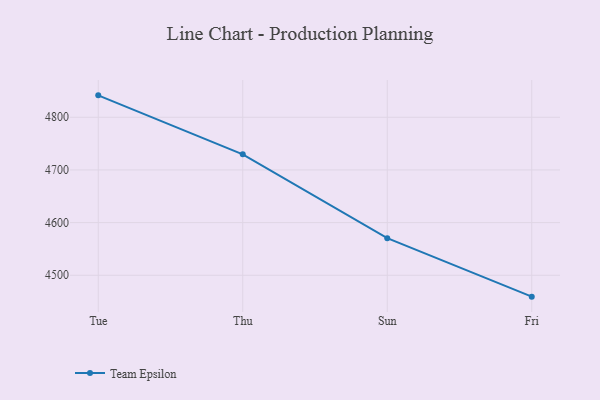
{"axis": {"x": "Day", "y": "Temperature (°C)"}, "legend": ["Team Epsilon"], "data": [{"x": "Tue", "y": 4841.6, "type": "Team Epsilon"}, {"x": "Thu", "y": 4729.7, "type": "Team Epsilon"}, {"x": "Sun", "y": 4570.5, "type": "Team Epsilon"}, {"x": "Fri", "y": 4459.4, "type": "Team Epsilon"}]}